Annual administration report of the Civil Veterinary Department of India - 1909-1910
Year: 1909
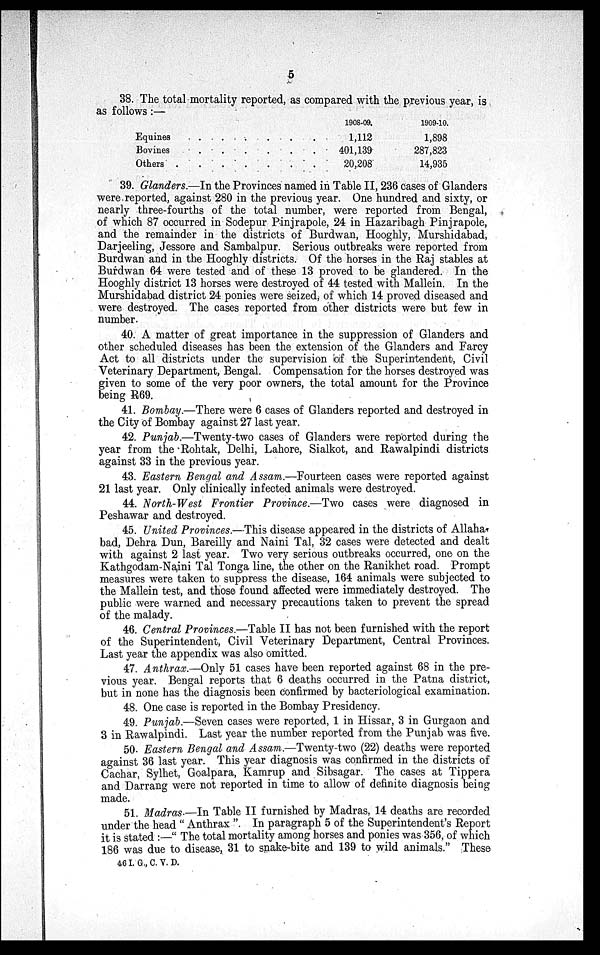
5
38. The total mortality reported, as compared with the previous year, is
as follows:—
Equines . . . . . .
Bovines . . . . . .
Others . . . . . .
1908-09.
1,112
401,139
20,208
1909-10.
1,898
287,823
14,935
39. Glanders.—In the Provinces named in Table II, 236 cases of Glanders
were reported, against 280 in the previous year. One hundred and sixty, or
nearly three-fourths of the total number, were reported from Bengal,
of which 87 occurred in Sodepur Pinjrapole, 24 in Hazaribagh Pinjrapole,
and the remainder in the districts of Burdwan, Hooghly, Murshidabad,
Darjeeling, Jessore and Sambalpur. Serious outbreaks were reported from
Burdwan and in the Hooghly districts. Of the horses in the Raj stables at
Burdwan 64 were tested and of these 13 proved to be glandered. In the
Hooghly district 13 horses were destroyed of 44 tested with Mallein. In the
Murshidabad district 24 ponies were seized, of which 14 proved diseased and
were destroyed. The cases reported from other districts were but few in
number.
40. A matter of great importance in the suppression of Glanders and
other scheduled diseases has been the extension of the Glanders and Farcy
Act to all districts under the supervision of the Superintendent, Civil
Veterinary Department, Bengal. Compensation for the horses destroyed was
given to some of the very poor owners, the total amount for the Province
being R69.
41. Bombay.—There were 6 cases of Glanders reported and destroyed in
the City of Bombay against 27 last year.
42. Punjab.—Twenty-two cases of Glanders were reported during the
year from the Rohtak, Delhi, Lahore, Sialkot, and Rawalpindi districts
against 33 in the previous year.
43. Eastern Bengal and Assam.—Fourteen cases were reported against
21 last year. Only clinically infected animals were destroyed.
44. North-West Frontier Province.—Two cases were diagnosed in
Peshawar and destroyed.
45. United Provinces.—This disease appeared in the districts of Allaha
bad, Dehra Dun, Bareilly and Naini Tal, 32 cases were detected and dealt
with against 2 last year. Two very serious outbreaks occurred, one on the
Kathgodam-Naini Tal Tonga line, the other on the Ranikhet road. Prompt
measures were taken to suppress the disease, 164 animals were subjected to
the Mallein test, and those found affected were immediately destroyed. The
public were warned and necessary precautions taken to prevent the spread
of the malady.
46. Central Provinces.—Table II has not been furnished with the report
of the Superintendent, Civil Veterinary Department, Central Provinces.
Last year the appendix was also omitted.
47. Anthrax.—Only 51 cases have been reported against 68 in the pre-
vious year. Bengal reports that 6 deaths occurred in the Patna district,
but in none has the diagnosis been confirmed by bacteriological examination.
48. One case is reported in the Bombay Presidency.
49. Punjab.—Seven cases were reported, 1 in Hissar, 3 in Gurgaon and
3 in Rawalpindi. Last year the number reported from the Punjab was five.
50. Eastern Bengal and Assam.—Twenty-two (22) deaths were reported
against 36 last year. This year diagnosis was confirmed in the districts of
Cachar, Sylhet, Goalpara, Kamrup and Sibsagar. The cases at Tippera
and Darrang were not reported in time to allow of definite diagnosis being
made.
51. Madras.—In Table II furnished by Madras, 14 deaths are recorded
under the head "Anthrax". In paragraph 5 of the Superintendent's Report
it is stated:—"The total mortality among horses and ponies was 356, of which
186 was due to disease, 31 to snake-bite and 139 to wild animals." These
46 I. G., C. V. D.